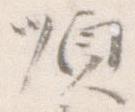
順